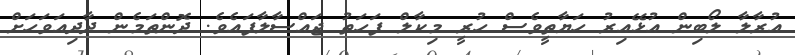
އުރާލާ ލޯބިން އުޅޭއިރު ހަޔާތީވެސް ހުރީ މިކާލް ފަހަތު ޖައްސާލާފައެވެ. ދޮންތަމެން ދާދިއަވަހަށް